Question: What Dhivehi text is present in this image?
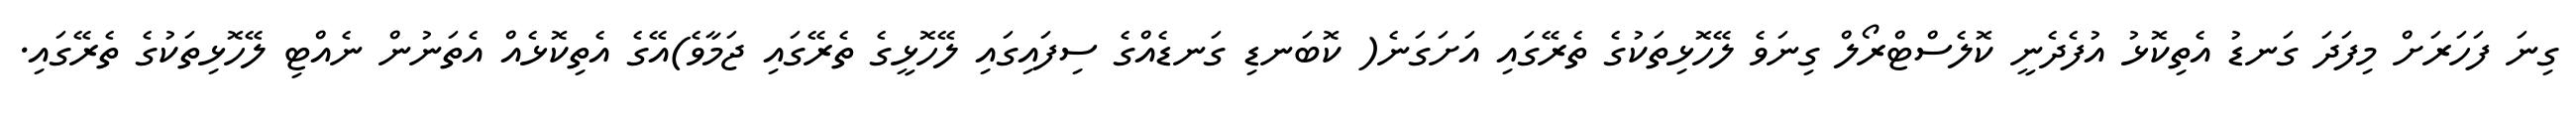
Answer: ގިނަ ފަހަރަށް މިފަދަ ގަނޑު އެތިކޮޅު އުފެދެނީ ކޮލެސްޓްރޯލް ގިނަވެ ލޭހޮޅިތަކުގެ ތެރޭގައި އަށަގަނެ( ކޮބަނޑި ގަނޑެއްގެ ސިފައިގައި ލޭހޮޅީގެ ތެރޭގައި ޖަމާވެ)އޭގެ އެތިކޮޅެއް އެތަނުން ނެއްޓި ލޭހޮޅިތަކުގެ ތެރޭގައި.